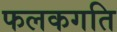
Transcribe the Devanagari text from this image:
फलकगति